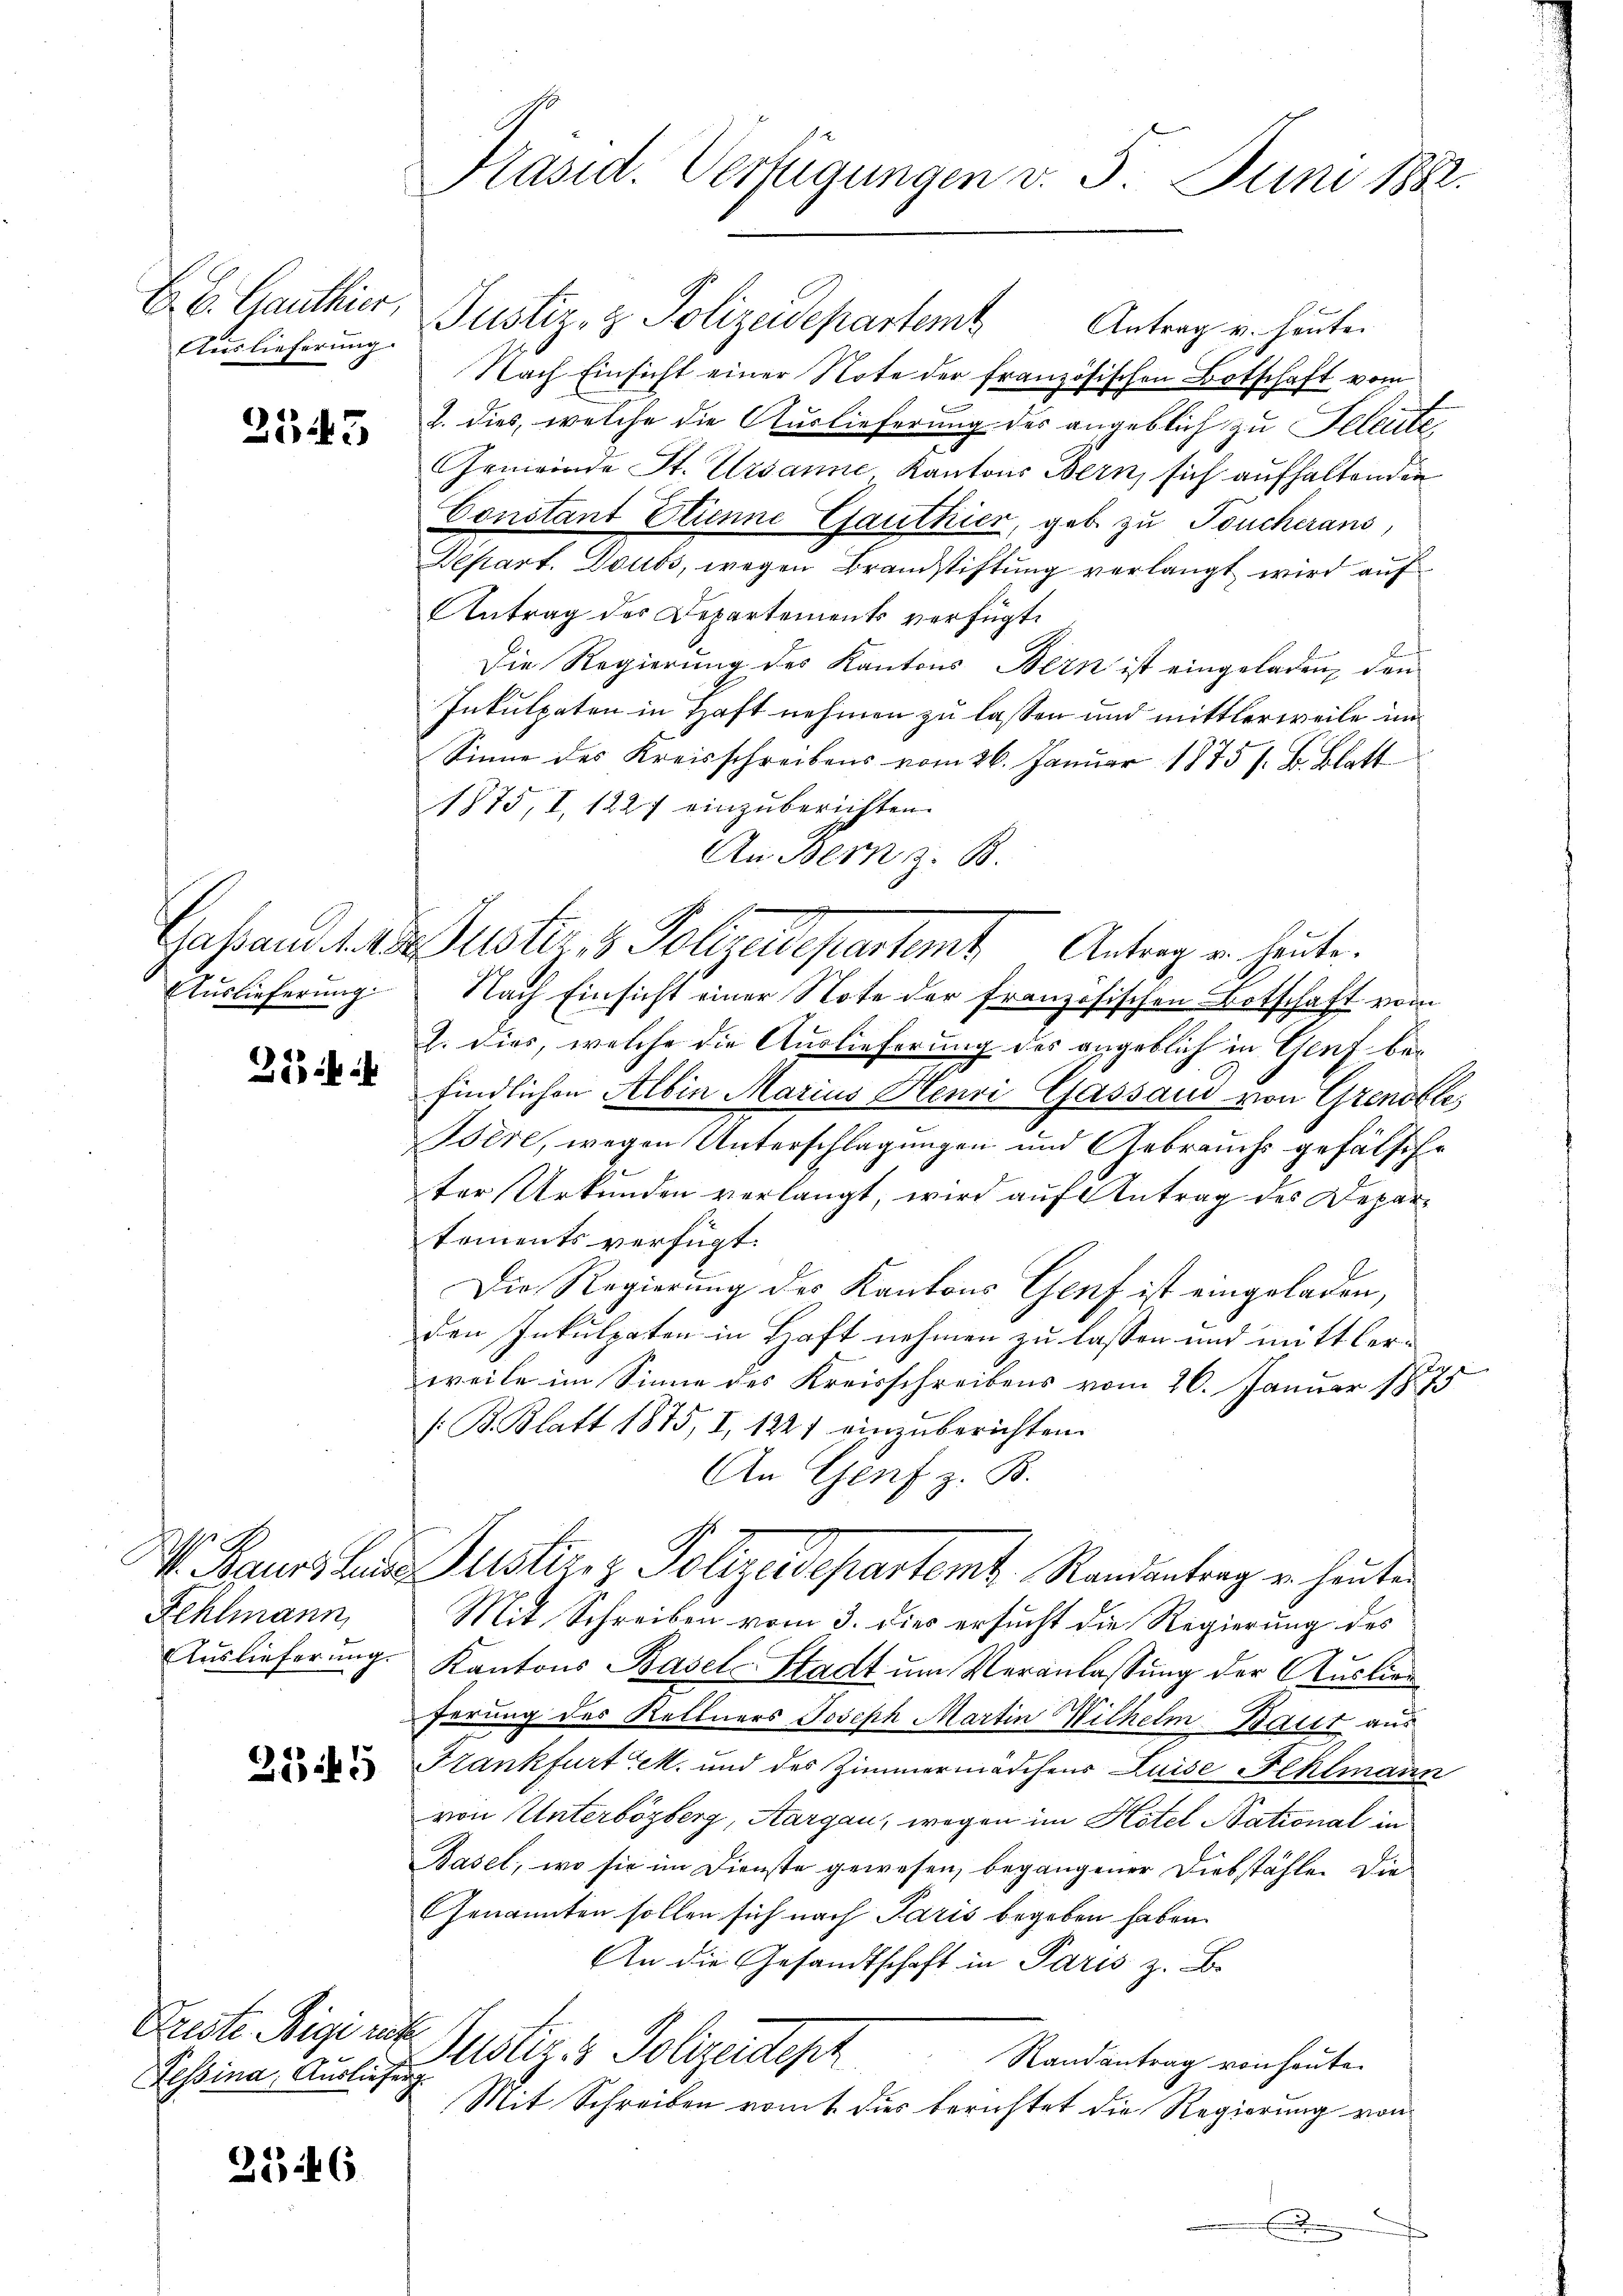
Auslieferung

2545

2

Fehlmann,

245

Preste Rigiret
Tessina, Auslieferg

256

Präsid. Verfügungen v. 5. Juni 1882.

E. E. Ganthier Justiz- & Polizeidepartem Antrag u. heuten
Nach Einsicht einer Note der französischen Botschaft vom
2. dies, welche die Auslieferung des angeblich zu Seleute,
Gemeinde St. Ursanne Kantons Bern, sich aufhaltenden
Constant Etienne Ejauthier, geb. zu Toucherans,
Depart. Dubs, wegen Brandstiftung verlangt wird auf
Antrag des Departements verfügt:
Die Regierung des Kantons Bern ist eingeladen, den
Inkulpaten in Haft nehmen zu lassen und mittlerweile un¬
Sinne des Kreisschreibens vom 26. Januar 1875 s. B. Blatt
1875, I, 1227 einzuberichten.
An Bern z. B.
Gastand des uster, 1 Polizeidepartamt Antrag u. heute.
Auslieferung. Nach Einsicht einer Note der französischen Botschaft vom
2. dies, welche die Auslieferung des angeblich in Genf befindlichen Albin Marius Henri Gassaud von Grenolle,
Bère, wegen Unterschlagungen und Gebrauchs gefälsche
ter Urkunden verlangt, wird auf Antrag des Deparkoments verfügt:
Die Regierung des Kantons Genf ist eingeladen,
den Inkulpaten in Haft nehmen zu lassen und mittlerweile im Sinne des Kreisschreibens vom 26. Januar 1875
/B. Blatt 1875, I, 1227 einzuberichten.
An Genf z. B.
V. Pours la Justiniz Polizeidepartemt. Randantrag u. heuten
Mit Schreiben vom 3. dies ersucht die Regierung des
Auslieferung. Kantons Basel-Stadt um Veranlassung der Auslien
ferung des Kellners Joseph Martin Wilhelm Ballt aus
Frankfurt M. und des Zimmermädchens Luise Fehlmann
von Unterbözberg, Aargau, wegen im Hotel National in
Basel, wo sie im Dienste gewesen, begangener Diebstähle. Die
Genannten sollen sich nach Paris begeben haben.
An die Gesandtschaft in Paris z. B.
Justiz & Polizeidepa
Randantrag von heute.
Mit Schreiben vom 1. dies berichtet die Regierung von
E